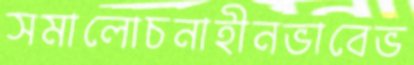
সমালোচনাহীনভাবেভ